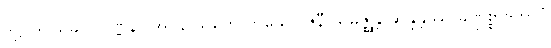
ဒိဋ္ဌပဒါ သုခဝဂ္ဂဝဏ္ဏနာ အဝိနာသကေ ကုယော ဇနီ သမိဇ္ဈန္တိ ဆိန္ဒန္တဿ ခဏ္ဍိစ္စာဒိဘာဝံ